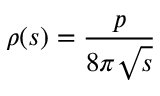
\rho ( s ) = \frac { p } { 8 \pi \sqrt { s } }